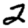
Digit: 2